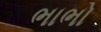
ભાભો